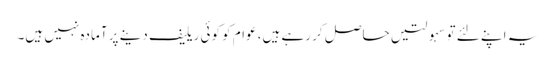
یہ اپنے لئے توسہولتیں حاصل کر رہے ہیں، عوام کو کوئی ریلیف دینے پر آمادہ نہیں ہیں۔